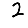
Digit: 2